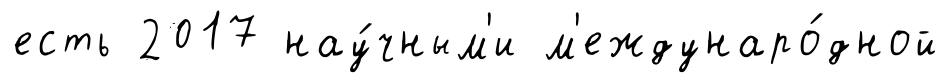
есть 2017 нау́чным'и м'еждунаро́дной